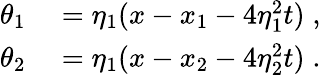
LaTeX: \begin{array}{rl}{\theta_{1}}&{{}=\eta_{1}(x-x_{1}-4\eta_{1}^{2}t)\; ,}\\ {\theta_{2}}&{{}=\eta_{1}(x-x_{2}-4\eta_{2}^{2}t)\; .}\end{array}